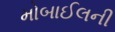
મોબાઈલની